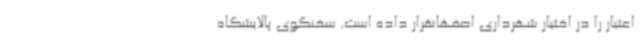
اعتبار را در اختیار شهرداری اصفهانقرار داده است. سخنگوی پالایشگاه